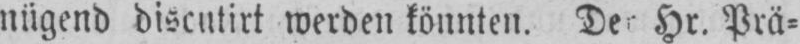
Hr. Prä⸗